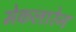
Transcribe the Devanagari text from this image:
मेकलारेन